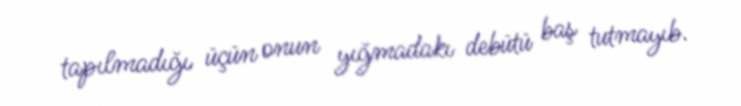
tapılmadığı üçün onun yığmadakı debütü baş tutmayıb.